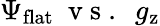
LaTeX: \Psi_{\mathrm{flat}}~\mathrm{~v~s~.~}~g_{\mathrm{z}}